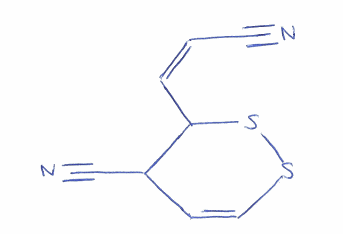
Simplified molecular-input line-entry system (SMILES) notation of the given molecule:
C1=CSSC(C1C#N)/C=C\C#N